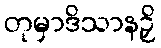
တုမှာဒိသာနဉှိ